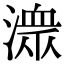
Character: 潨